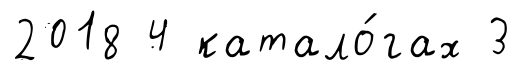
2018 4 катало́гах 3